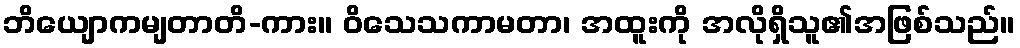
ဘိယျောကမျတာတိ-ကား။ ဝိသေသကာမတာ၊ အထူးကို အလိုရှိသူ၏အဖြစ်သည်။